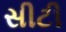
સીટી